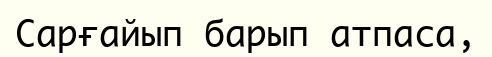
Сарғайып барып атпаса,